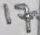
Text: 17